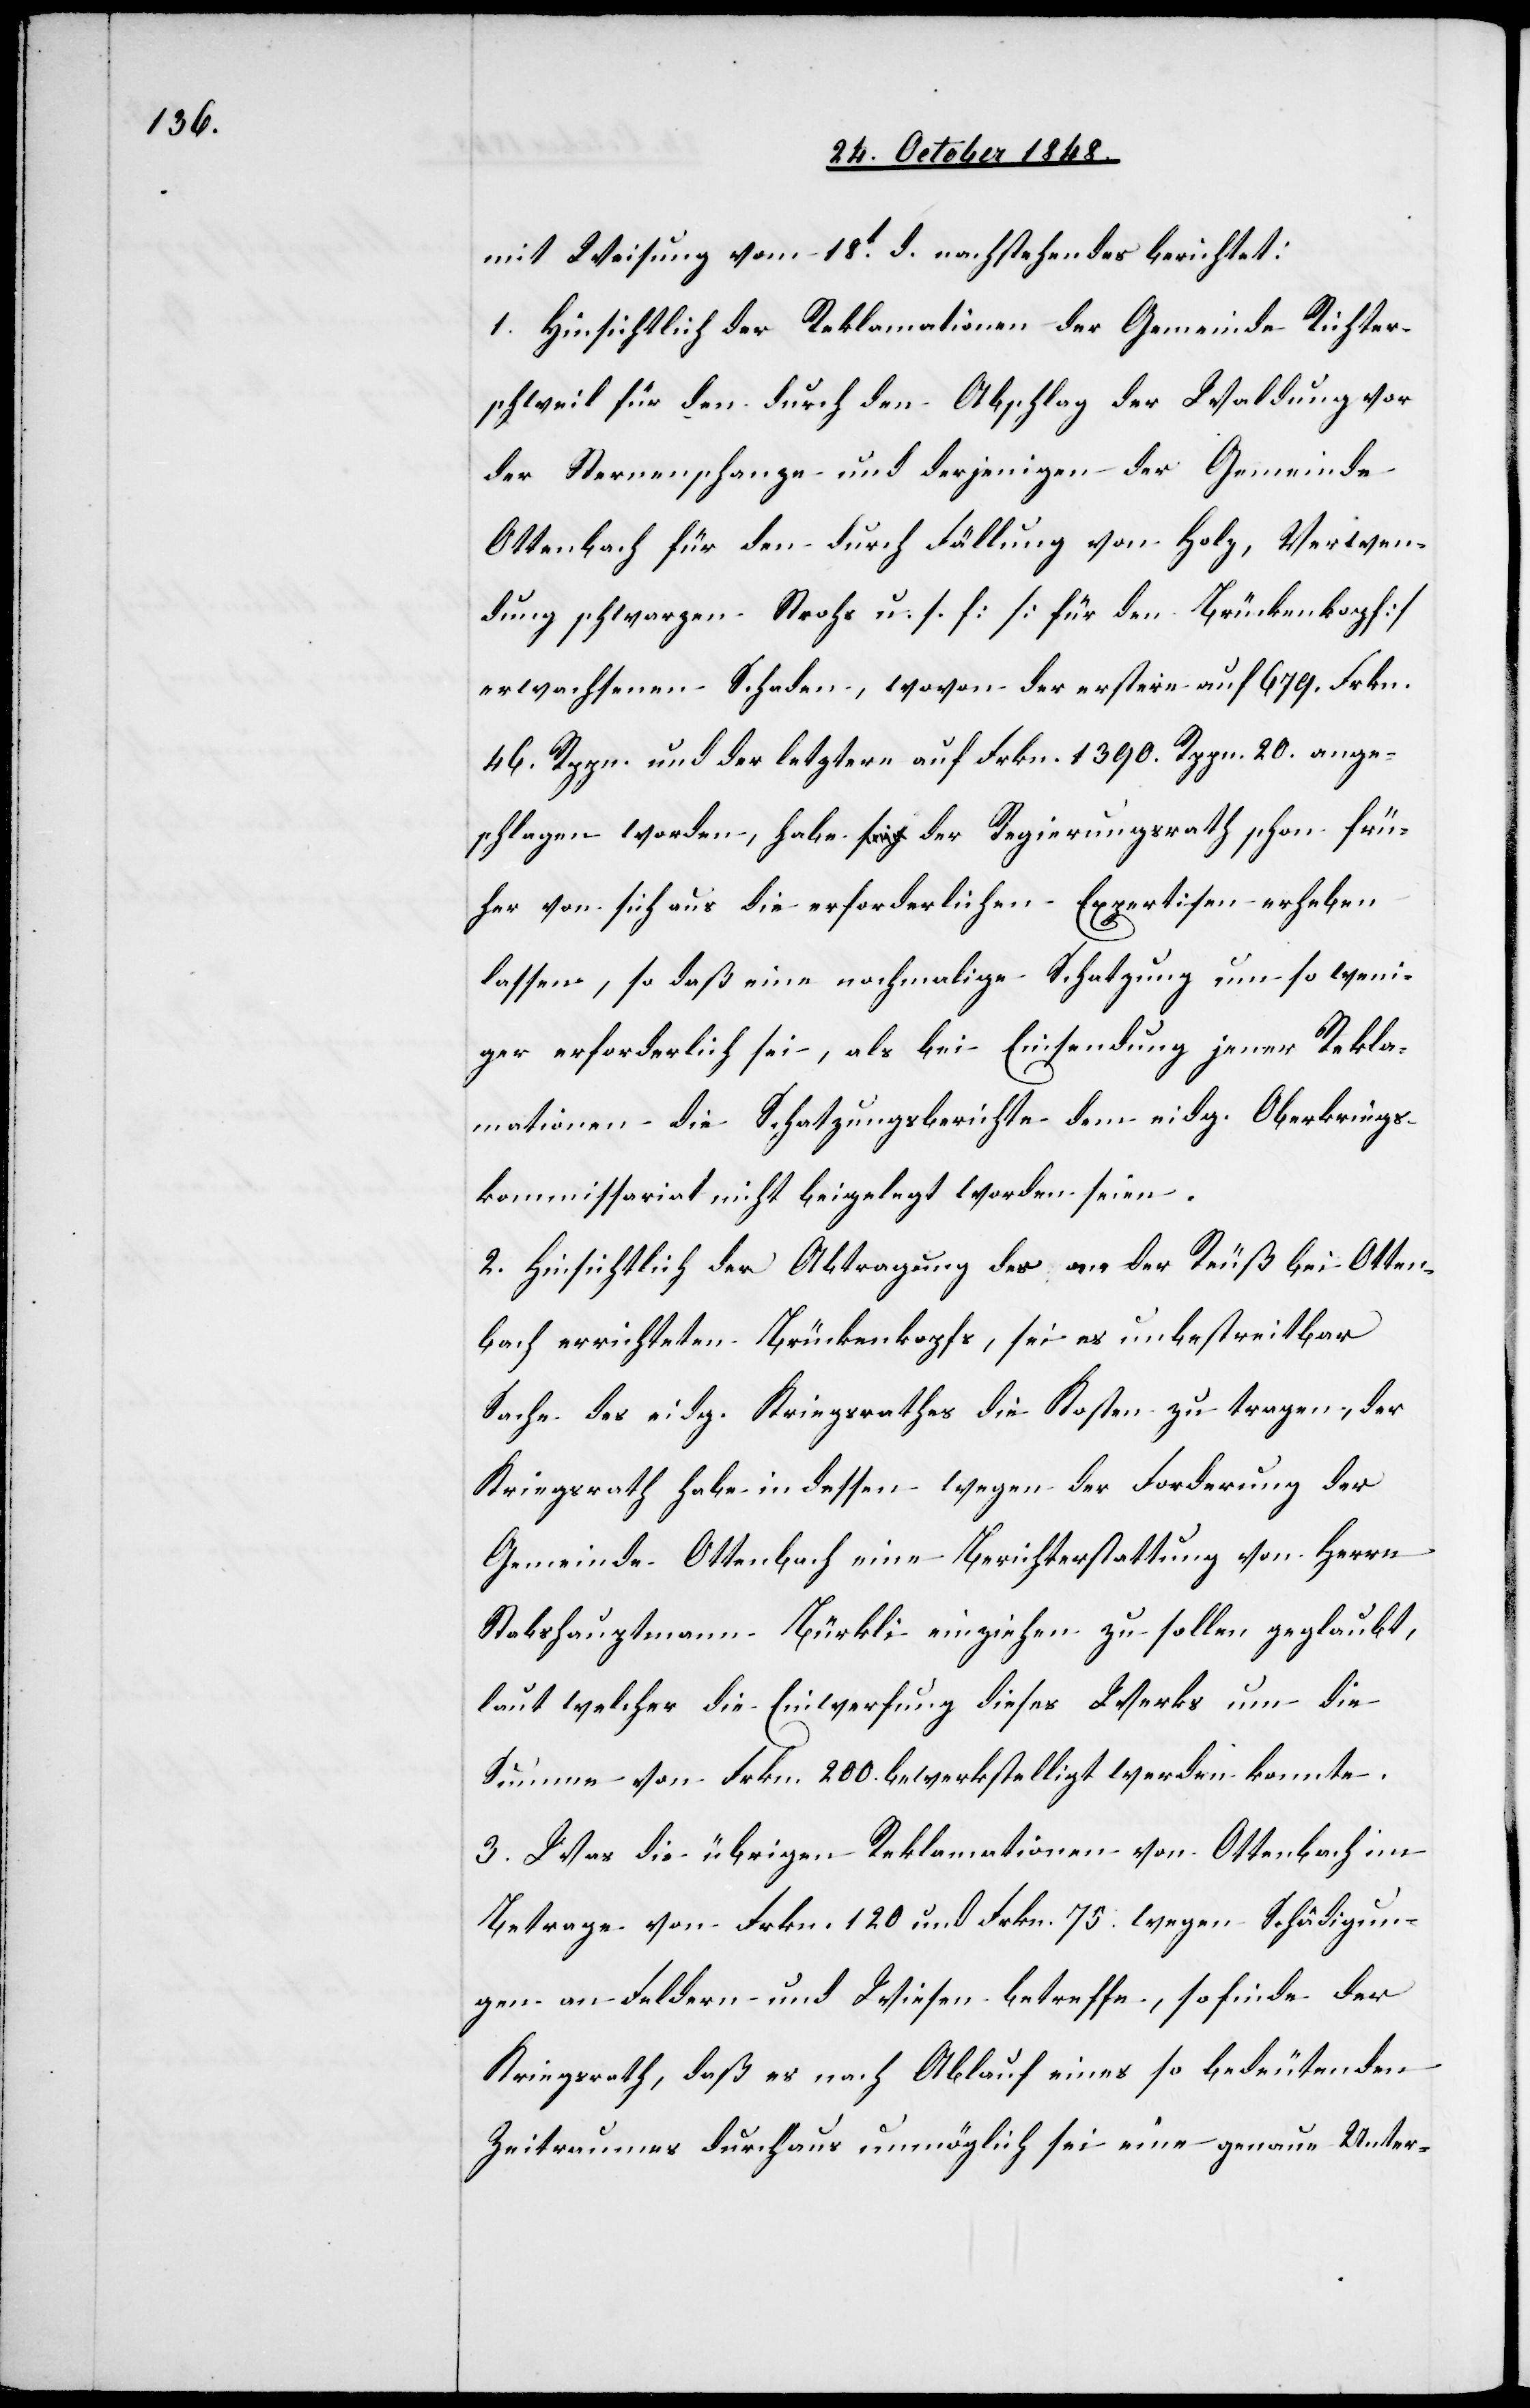
mit Weisung vom 18t d. nachstehendes berichtet:
1. Hinsichtlich der Reklamationen der Gemeinde Richter¬
schweil für den durch den Abschlag der Waldung vor
der Sternenschanze und derjenigen der Gemeinde
Ottenbach für den durch Fällung von Holz, Verwen¬
dung schwarzen Strohs u. s. f. [für den Brückenkopf]
erwachsenen Schaden, wovon der erstere auf 679. Frkn.
46. Rppn. und der letztern auf Frkn. 1390. Rppn. 20. ange¬
schlagen worden, habe der Regierungsrath schon frü¬
her von sich aus die erforderlichen Expertisen erheben
lassen, so daß eine nochmalige Schatzung um so weni¬
ger erforderlich sei, als bei Einsendung jener Rekla¬
mationen die Schatzungsberichte dem eidg. Oberkriegs¬
kommissariat nicht beigelegt worden seien.
2. Hinsichtlich der Abtragung des an der Reuß bei Otten¬
bach errichteten Brückenkopfs, sei es unbestreitbar
Sache des eidg. Kriegsrathes die Kosten zu tragen, der
Kriegsrath habe in dessen wegen der Forderung der
Gemeinde Ottenbach eine Berichterstattung von Herrn
Stabshauptmann Bürkli einziehen zu sollen geglaubt,
laut welcher die Einwerfung dieses Werks um die
Summe von Frkn. 200. bewerkstellig werden konnte.
3. Was die übrigen Reklamationen von Ottenbach im
Betrage von Frkn. 120. und Frkn. 75. wegen Schädigun¬
gen an Feldern und Wiesen betreffe, so finde der
Kriegsrath, daß es nach Ablauf eines so bedeutenden
Zeitraumes durchaus unmöglich sei eine genaue Unter-